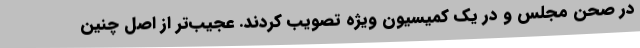
در صحن مجلس و در یک کمیسیون ویژه تصویب کردند. عجیب‌تر از اصل چنین